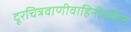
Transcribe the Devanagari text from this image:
दूरचित्रवाणीवाहिनीवरील